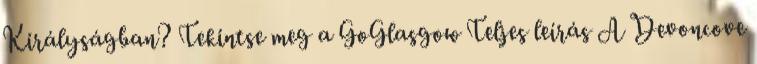
Királyságban? Tekintse meg a GoGlasgow Teljes leírás A Devoncove